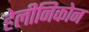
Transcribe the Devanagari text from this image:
हेलीनिकोन